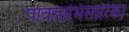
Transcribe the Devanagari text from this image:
पावसाभिसारिका